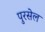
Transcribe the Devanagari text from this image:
पुरसेल